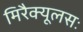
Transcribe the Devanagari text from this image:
मिरैक्यूलसः